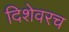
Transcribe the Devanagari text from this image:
दिशेवरच